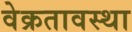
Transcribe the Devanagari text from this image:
वेक्रतावस्था